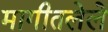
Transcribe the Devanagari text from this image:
मागीतलेले